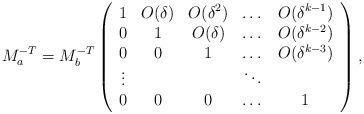
LaTeX: \begin{align*}M_a^{-T} = M_b^{-T} \left(\begin{array}{ccccc}1 & O(\delta) & O(\delta^2) & \dots & O(\delta^{k-1}) \\0 & 1 & O(\delta) & \dots & O(\delta^{k-2}) \\0 & 0 & 1 & \dots & O(\delta^{k-3}) \\\vdots & & & \ddots &\\0 & 0 & 0 & \dots & 1\end{array}\right),\end{align*}